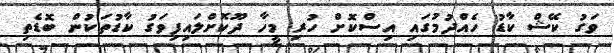
ވަގު ކޭޝް ކާޑު ހެއްދުމުގައި އިސްކޮށް ހުރި މީހާ ދޫކޮށްލައިފިވަގު ކާޑުތަކުން ބޮޑެތި